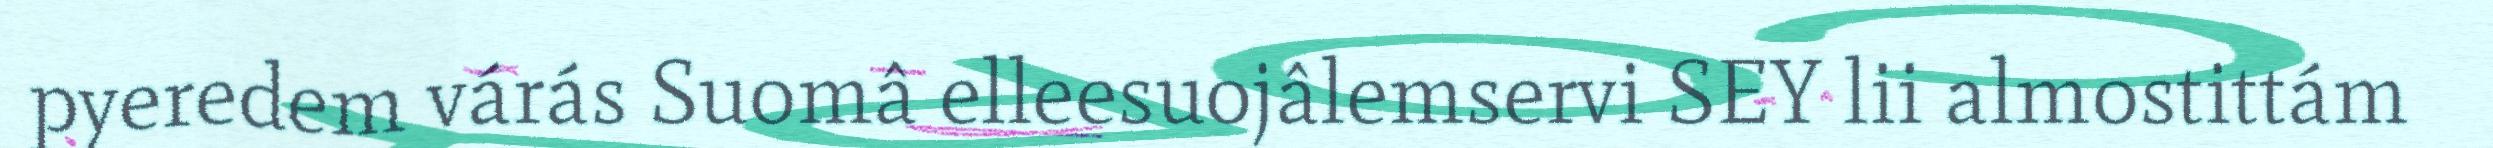
pyeredem várás Suomâ elleesuojâlemservi SEY lii almostittám